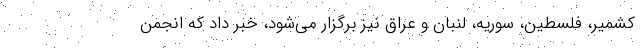
کشمیر، فلسطین، سوریه، لنبان و عراق نیز برگزار می‌شود، خبر داد که انجمن